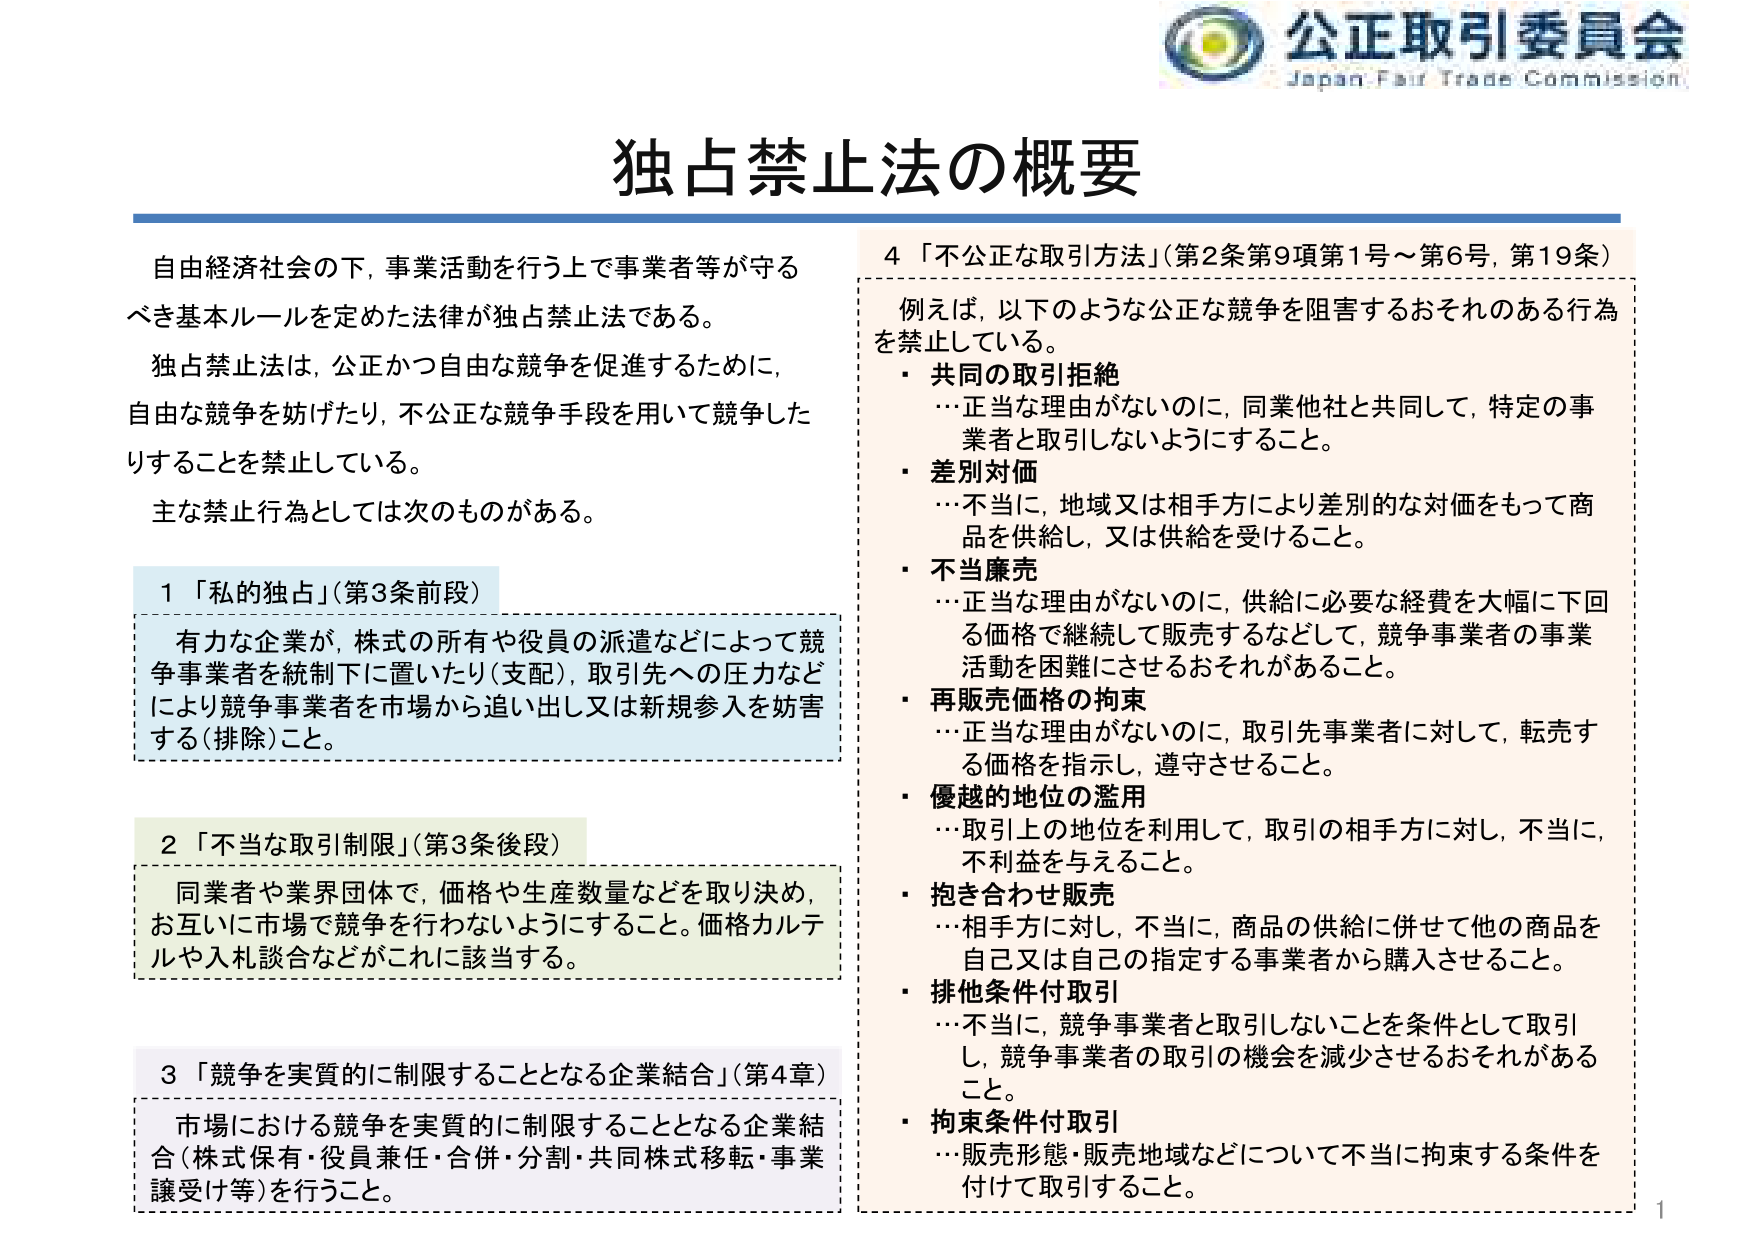
公正取引委員会
Japan Fair Trade Commission

独占禁止法の概要

自由経済社会の下，事業活動を行う上で事業者等が守るべき基本ルールを定めた法律が独占禁止法である。
独占禁止法は，公正かつ自由な競争を促進するために，自由な競争を妨げたり，不公正な競争手段を用いて競争したりすることを禁止している。
主な禁止行為としては次のものがある。

1 「私的独占」（第3条前段）
有力な企業が，株式の所有や役員の派遣などによって競争事業者を統制下に置いたり（支配），取引先への圧力などにより競争事業者を市場から追い出し又は新規参入を妨害する（排除）こと。

2 「不当な取引制限」（第3条後段）
同業者や業界団体で，価格や生産数量などを取り決め，お互いに市場で競争を行わないようにすること。価格カルテルや入札談合などがこれに該当する。

3 「競争を実質的に制限することとなる企業結合」（第4章）
市場における競争を実質的に制限することとなる企業結合（株式保有・役員兼任・合併・分割・共同株式移転・事業譲受け等）を行うこと。

4 「不公正な取引方法」（第2条第9項第1号～第6号，第19条）
例えば，以下のような公正な競争を阻害するおそれのある行為を禁止している。
・ 共同の取引拒絶
　…正当な理由がないのに，同業他社と共同して，特定の事業者と取引しないようにすること。
・ 差別対価
　…不当に，地域又は相手方により差別的な対価をもって商品を供給し，又は供給を受けること。
・ 不当廉売
　…正当な理由がないのに，供給に必要な経費を大幅に下回る価格で継続して販売するなどして，競争事業者の事業活動を困難にさせるおそれがあること。
・ 再販売価格の拘束
　…正当な理由がないのに，取引先事業者に対して，転売する価格を指示し，遵守させること。
・ 優越的地位の濫用
　…取引上の地位を利用して，取引の相手方に対し，不当に，不利益を与えること。
・ 抱き合わせ販売
　…相手方に対し，不当に，商品の供給に併せて他の商品を自己又は自己の指定する事業者から購入させること。
・ 排他条件付取引
　…不当に，競争事業者と取引しないことを条件として取引し，競争事業者の取引の機会を減少させるおそれがあること。
・ 拘束条件付取引
　…販売形態・販売地域などについて不当に拘束する条件を付けて取引すること。

1